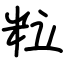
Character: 粒